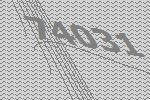
74031